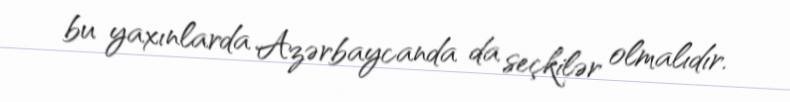
bu yaxınlarda Azərbaycanda da seçkilər olmalıdır.